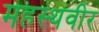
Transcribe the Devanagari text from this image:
महस्थवीर